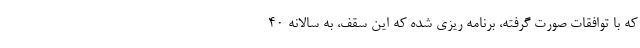
که با توافقات صورت گرفته، برنامه ریزی شده که این سقف، به سالانه ۴۰